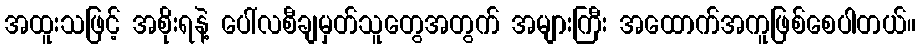
အထူးသဖြင့် အစိုးရနဲ့ ပေါ်လစီချမှတ်သူတွေအတွက် အများကြီး အထောက်အကူဖြစ်စေပါတယ်။